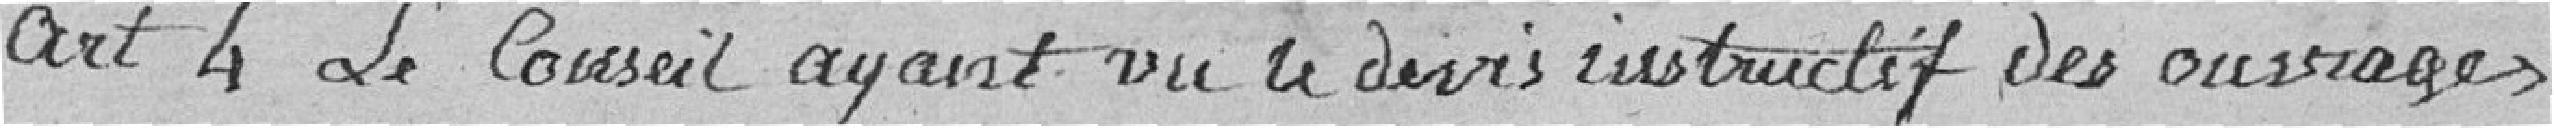
Art 4 le Conseil ayant vu le devis instructif des ouvrages